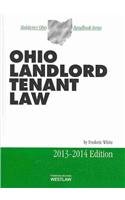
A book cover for Ohio Landlord Tenant Law 2013-2014: Issued in November 2013; Frederic White; Law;